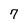
Character: 7